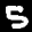
Label: 5